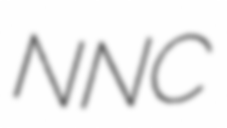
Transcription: NNC